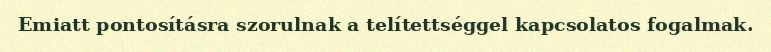
Emiatt pontosításra szorulnak a telítettséggel kapcsolatos fogalmak.